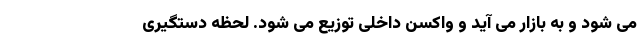
می شود و به بازار می آید و واکسن داخلی توزیع می شود. لحظه دستگیری